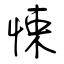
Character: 悚